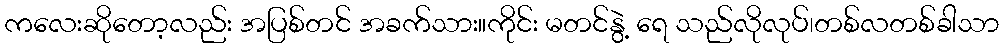
ကလေးဆိုတော့လည်း အပြစ်တင် အခက်သား။ကိုင်း မတင်နွဲ့ ရေ သည်လိုလုပ်၊တစ်လတစ်ခါသာ